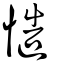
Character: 慥